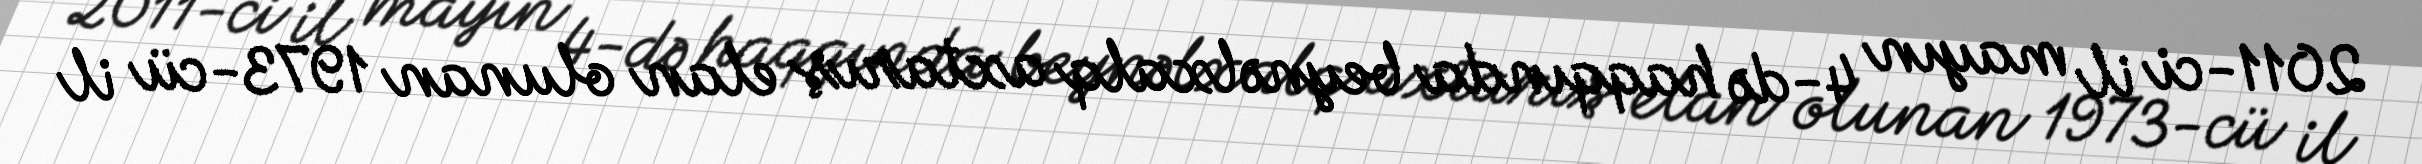
2011-ci il mayın 4-də haqqında beynəlxalq axtarış elan olunan 1973-cü il